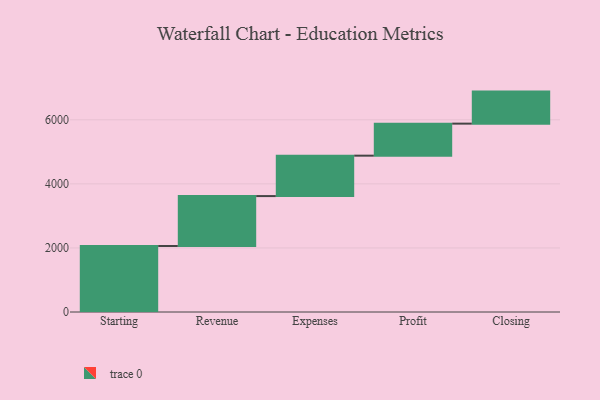
{"axis": {"x": "Step", "y": "Value"}, "legend": [""], "data": [{"x": "Starting", "y": 2061.0, "type": ""}, {"x": "Revenue", "y": 1558.0, "type": ""}, {"x": "Expenses", "y": 1262.0, "type": ""}, {"x": "Profit", "y": 1000, "type": ""}, {"x": "Closing", "y": 1000, "type": ""}]}